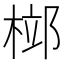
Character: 𣓱